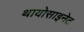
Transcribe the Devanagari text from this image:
थायोसाइनेट